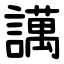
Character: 䜕